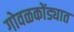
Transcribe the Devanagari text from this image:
गोवळकोंड्यात